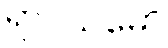
ရာဂသမော